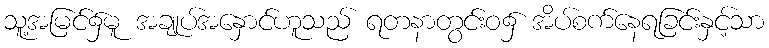
သူ့အမြင်၌မူ အချုပ်အနှောင်ဟူသည် ရတနာတွင်းဝ၌ အိပ်စက်နေရခြင်းနှင့်သာ